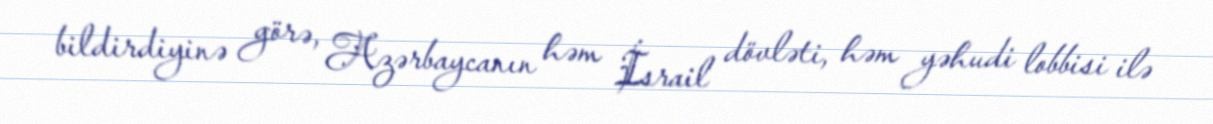
bildirdiyinə görə, Azərbaycanın həm İsrail dövləti, həm yəhudi lobbisi ilə